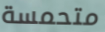
متحمسة